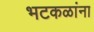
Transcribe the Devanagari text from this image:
भटकळांना